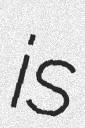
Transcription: is